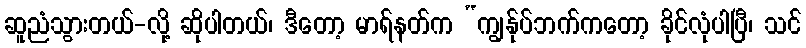
ဆူညံသွားတယ်-လို့ ဆိုပါတယ်၊ ဒီတော့ မာရ်နတ်က “ကျွန်ုပ်ဘက်ကတော့ ခိုင်လုံပါပြီ၊ သင်